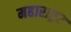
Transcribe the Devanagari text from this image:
महाराष्ट्र२